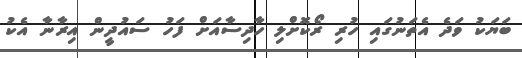
ބަޔަކު ވަދެ އެތަނުގައި ހުރި ރޯކޮށްލި ހާދިސާއަށް ފަހު ސައުދީން އިރާނާ އެކު